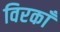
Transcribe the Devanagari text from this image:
विरकाँ